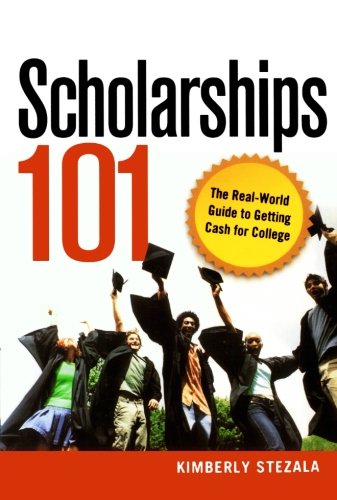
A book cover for Scholarships 101: The Real-World Guide to Getting Cash for College; Kimberly Ann Stezala; Business & Money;